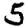
Digit: 5